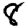
Digit: 8